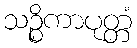
သဉ္စိကာပုတ္တံ